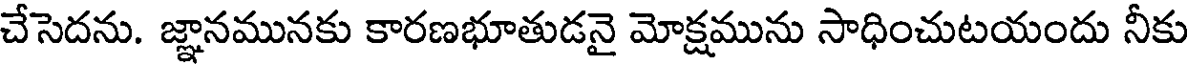
చేసెదను. జ్ఞానమునకు కారణభూతుడనై మోక్షమును సాధించుటయందు నీకు